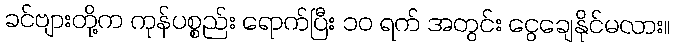
ခင်ဗျားတို့က ကုန်ပစ္စည်း ရောက်ပြီး ၁၀ ရက် အတွင်း ငွေချေနိုင်မလား။